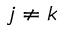
j \neq k